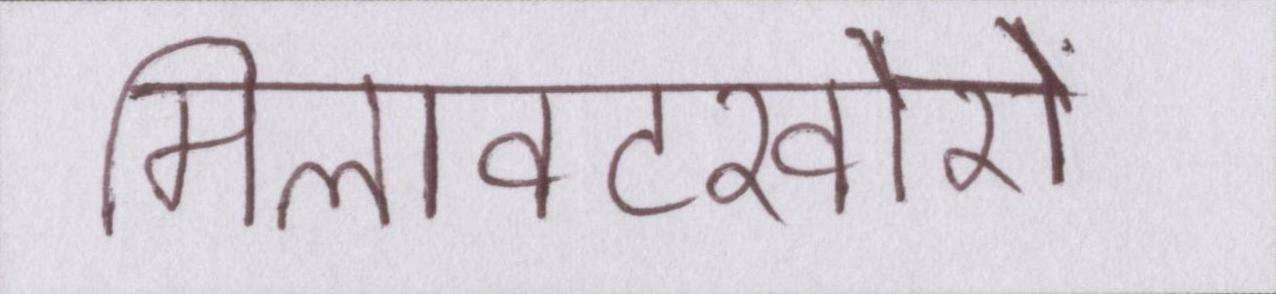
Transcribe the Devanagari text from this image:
मिलावटखोरों